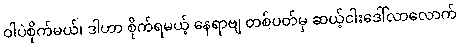
ဝါပဲစိုက်မယ်၊ ဒါဟာ စိုက်ရမယ့် နေရာဗျ တစ်ပတ်မှ ဆယ့်ငါးဒေါ်လာလောက်